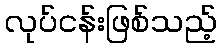
လုပ်ငန်းဖြစ်သည့်